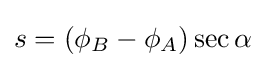
s=(\phi _{B}-\phi _{A})\sec \alpha